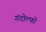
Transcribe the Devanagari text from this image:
गंदोल्फो